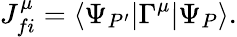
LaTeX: J_{fi}^{\mu}=\langle\Psi_{P^{\prime}}|\Gamma^{\mu}|\Psi_{P}\rangle.